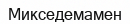
Микседемамен